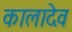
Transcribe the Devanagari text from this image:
कालादेव